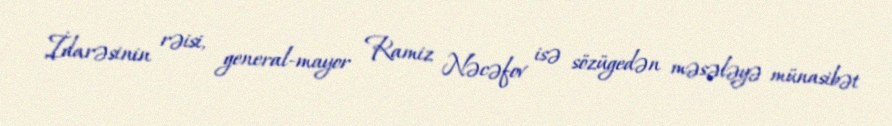
İdarəsinin rəisi, general-mayor Ramiz Nəcəfov isə sözügedən məsələyə münasibət